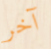
آخر